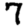
Digit: 7